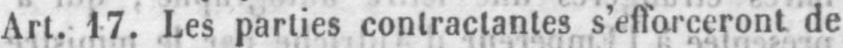
Art, 17. Les parties contractantes s’efforceront de